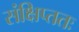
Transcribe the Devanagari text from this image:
संक्षिप्ततः